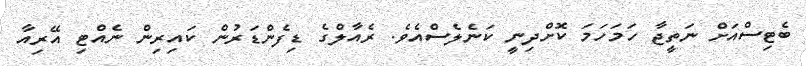
ބެޓިސްއަށް ނަތީޖާ ހަމަހަމަ ކޮށްދިނީ ކަނެލެސްއެވެ. ރެއާލްގެ ޑިފެންޑަރުން ކައިރިން ނެއްޓި އޭރިއާ